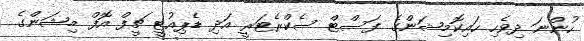
ހުންނަ ދިވެހި ހައިކޮމިޝަންގެ ފަސްޓް ސެކްރެޓަރީ އަދި ޑެޕިއުޓީ ޗީފް އޮފް މިޝަންގެ